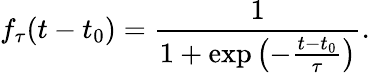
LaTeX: f_{\tau}(t-t_{0})=\frac{1}{1+\exp\left(-\frac{t-t_{0}}{\tau}\right)}.